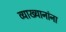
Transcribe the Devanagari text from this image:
व्याख्यानांना